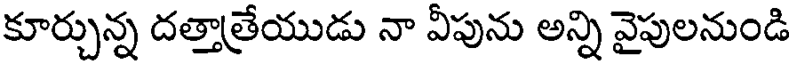
కూర్చున్న దత్తాత్రేయుడు నా వీపును అన్ని వైపులనుండి